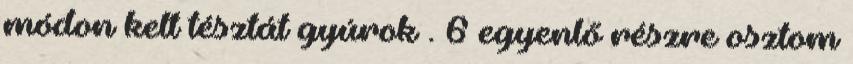
módon kelt tésztát gyúrok . 6 egyenlő részre osztom